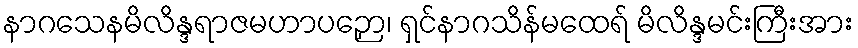
နာဂသေနမိလိန္ဒရာဇမဟာပဉှော၊ ရှင်နာဂသိန်မထေရ် မိလိန္ဒမင်းကြီးအား